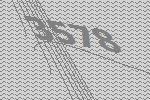
3578